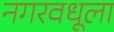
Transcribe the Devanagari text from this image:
नगरवधूला